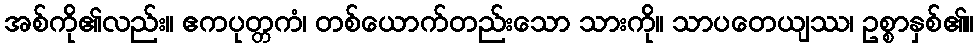
အစ်ကို၏လည်း။ ဧကပုတ္တကံ၊ တစ်ယောက်တည်းသော သားကို။ သာပတေယျဿ၊ ဥစ္စာနှစ်၏။